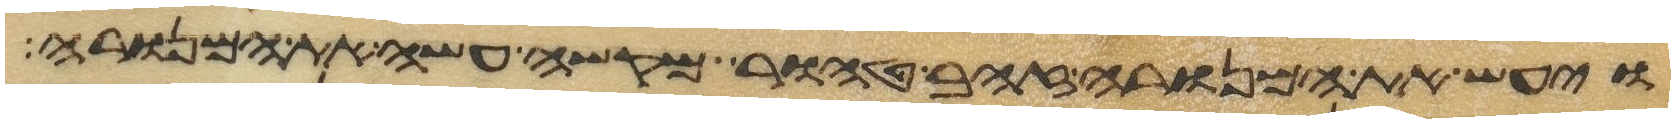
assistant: ויעש את המנורה זהב טהור מקשה עשה את המנורה